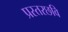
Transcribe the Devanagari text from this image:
प्रस्तरछवि